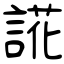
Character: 誮